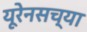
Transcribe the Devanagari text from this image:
यूरेनसच्या